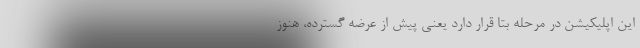
این اپلیکیشن در مرحله بتا قرار دارد یعنی پیش از عرضه گسترده، هنوز